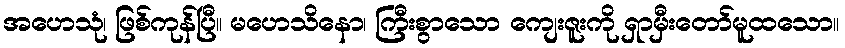
အဟေသုံ၊ ဖြစ်ကုန်ပြီ။ မဟေသိနော၊ ကြီးစွာသော ကျေးဇူးကို ရှာမှီးတော်မူထသော။